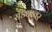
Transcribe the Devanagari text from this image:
सड्यांवर